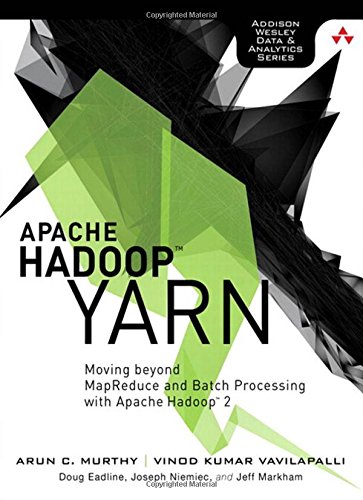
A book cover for Apache Hadoop YARN: Moving beyond MapReduce and Batch Processing with Apache Hadoop 2 (Addison-Wesley Data & Analytics Series); Arun Murthy; Computers & Technology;